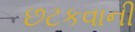
છટકવાની